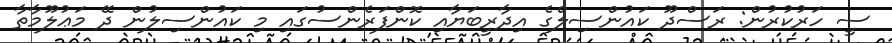
ސީ ހަރުކުރުން: ރަސްދޫ ކައުންސިލްގެ އިދާރީބަޔާއި ކޮންފަރެންސުގައި މި ކައުންސިލުން ދޭ މަޢުލޫމާތާ